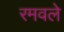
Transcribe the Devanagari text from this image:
रमवले